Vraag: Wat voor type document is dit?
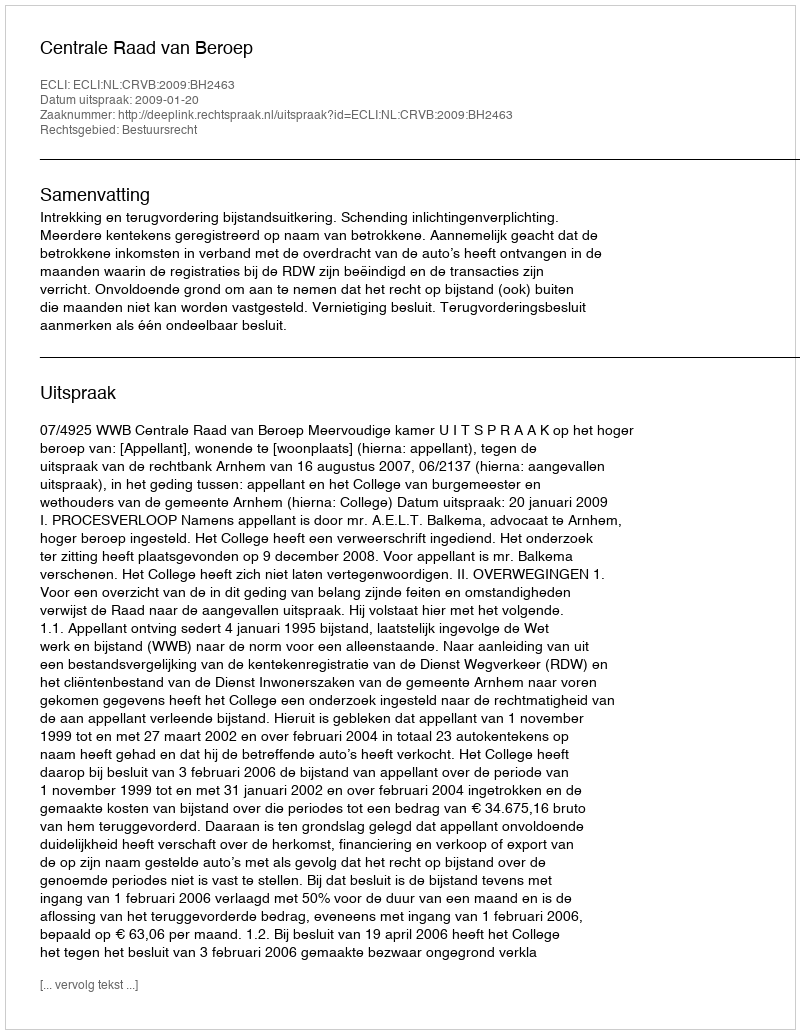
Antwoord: Uitspraak